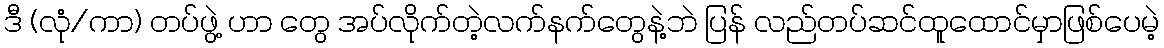
ဒီ (လုံ/ကာ) တပ်ဖွဲ့ ဟာ တွေ အပ်လိုက်တဲ့လက်နက်တွေနဲ့ဘဲ ပြန် လည်တပ်ဆင်ထူထောင်မှာဖြစ်ပေမဲ့